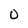
Character: 0